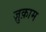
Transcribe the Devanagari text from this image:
ज़ुक़ाम